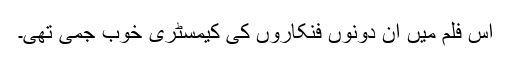
اس فلم میں ان دونوں فنکاروں کی کیمسٹری خوب جمی تھی۔